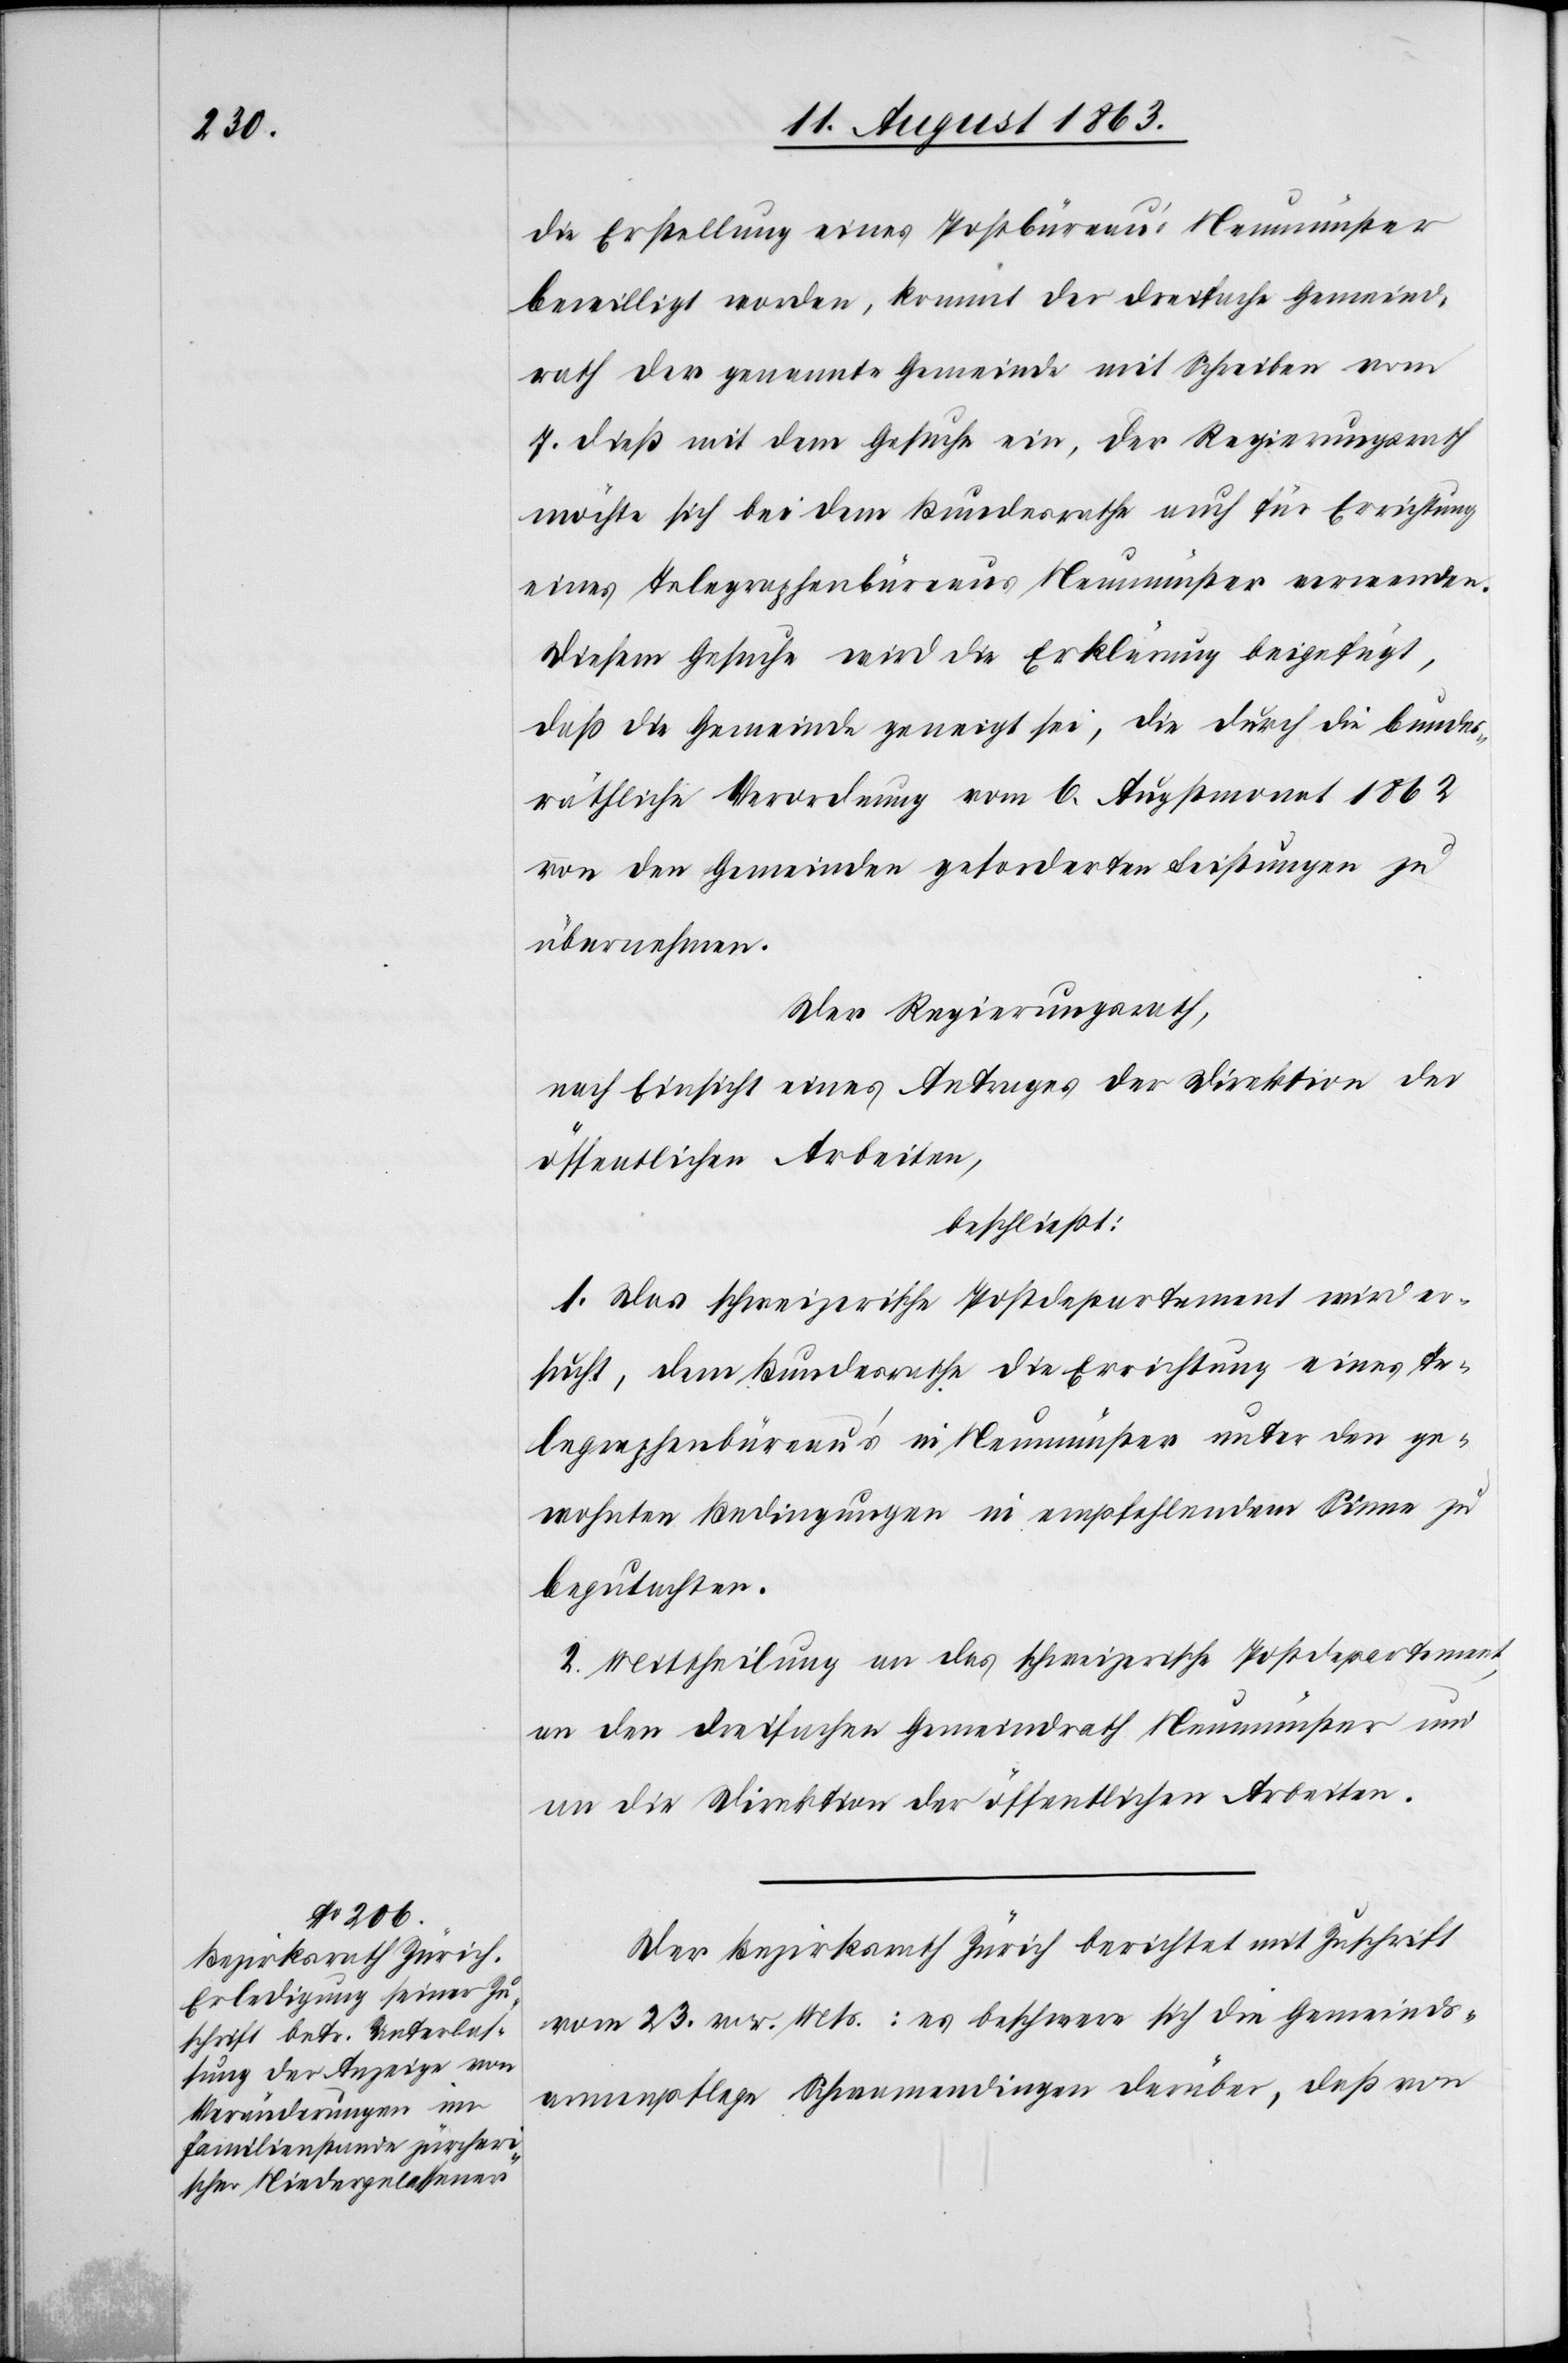
die Erstellung eines Postbüreau's Neumünster
bewilligt worden, kommt der dreifache Gemeind¬
rath der genannte[n] Gemeinde mit Schreiben vom
7. dieß mit dem Gesuche ein, der Regierungsrath
möchte sich bei dem Bundesrathe auch für Errichtung
eines Telegraphenbüreaus Neumünster verwenden.
Diesem Gesuche wird die Erklärung beigefügt,
daß die Gemeinde geneigt sei, die durch die bundes¬
räthliche Verordnung vom 6. Augstmonat 1862
von den Gemeinden geforderten Leistungen zu
übernehmen.
Der Regierungsrath,
nach Einsicht eines Antrages der Direktion der
öffentlichen Arbeiten,
beschließt:
1. Das schweizerische Postdepartement wird er¬
sucht, dem Bundesrathe die Errichtung eines Te¬
legraphenbüreau's in Neumünster unter den ge¬
wohnten Bedingungen in empfehlendem Sinne zu
begutachten.
2. Mittheilung an das schweizerische Postdepartement,
an den dreifachen Gemeindrath Neumünster und
an die Direktion der öffentlichen Arbeiten.
Der Bezirksrath Zürich berichtet mit Zuschrift
vom 23. vor. Mts.: es beschwere sich die Gemeinds¬
armenpflege Schwamendingen darüber, daß von